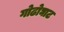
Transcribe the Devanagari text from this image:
गोढोघाट